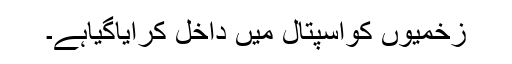
زخمیوں کواسپتال میں داخل کرایاگیاہے۔